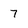
Character: 7